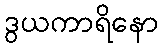
ဒွယကာရိနော